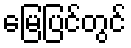
မြေပြင်တွင်